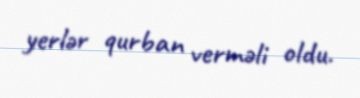
yerlər qurban verməli oldu.